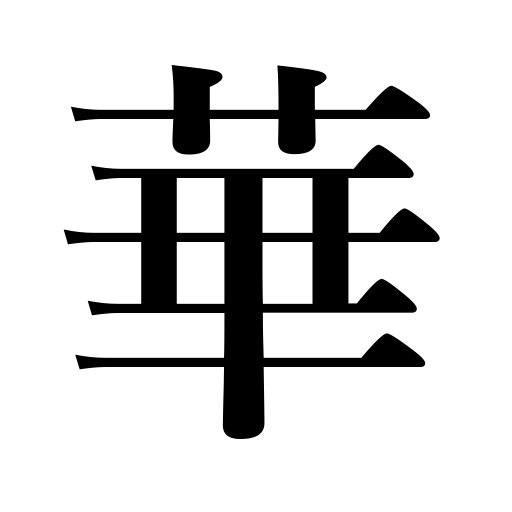
Meanings: flower,petal,China,shining,luster